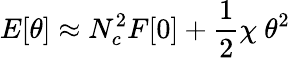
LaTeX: E[\theta]\approx N_{c}^{2}F[0]+{\frac{1}{2}}\chi\ \theta^{2}